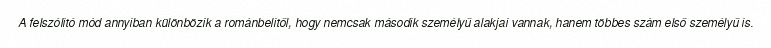
A felszólító mód annyiban különbözik a románbelitől, hogy nemcsak második személyű alakjai vannak, hanem többes szám első személyű is.